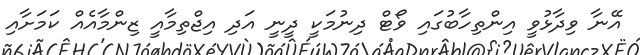
އޭނާ ވިދާޅުވީ އިންތިހާބުގައި ވޯޓް ދިނުމަކީ ދީނީ އަދި އިޖްތިމާއީ ޒިންމާއެއް ކަމަށާއި